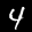
Label: 4